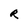
Character: R